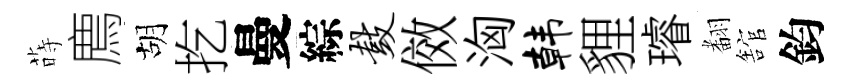
蒔廌胡扢曼綜鼓傚洶韩貍璿𮋒舘鈞